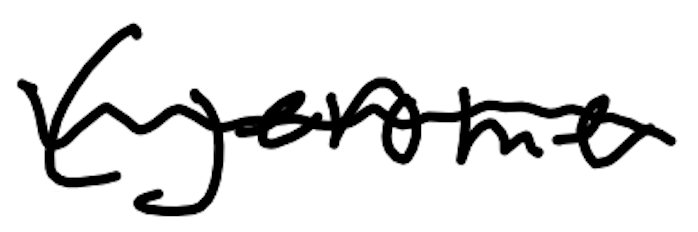
Text: (Jerome
Cross-out: mix
Writing tool: digital_black